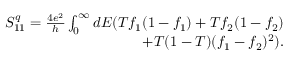
\begin{array} { r } { { S _ { 1 1 } ^ { q } = \frac { 4 e ^ { 2 } } { h } \int _ { 0 } ^ { \infty } d E ( T f _ { 1 } ( 1 - f _ { 1 } ) + T f _ { 2 } ( 1 - f _ { 2 } ) } } \\ { { + T ( 1 - T ) ( f _ { 1 } - f _ { 2 } ) ^ { 2 } ) } . } \end{array}